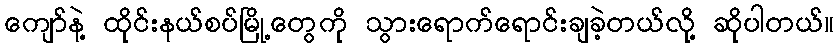
ကျော်နဲ့ ထိုင်းနယ်စပ်မြို့တွေကို သွားရောက်ရောင်းချခဲ့တယ်လို့ ဆိုပါတယ်။